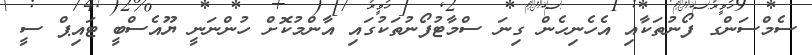
ސެމްސަންގ ފޯނުތަކާއި އެހެނިހެން ގިނަ ސްމާޓުފޯނުތަކުގައި އާންމުކޮށް ހުންނަނީ ޔޫއެސްބީ ޓައިޕް ސީ